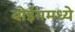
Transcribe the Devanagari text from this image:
बोईंगमध्ये